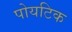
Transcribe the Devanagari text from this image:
पोयटिक